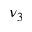
\nu _ { 3 }